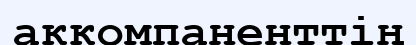
аккомпаненттің